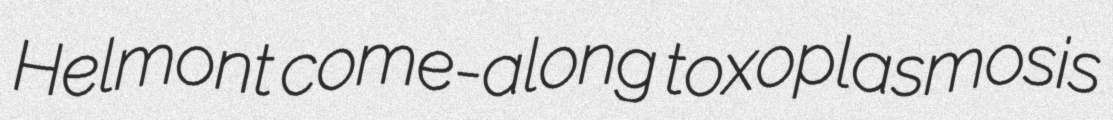
Helmont come-along toxoplasmosis